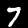
Label: 7